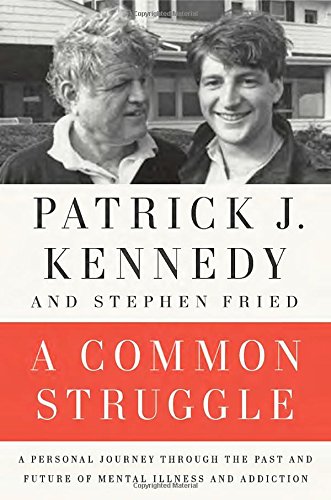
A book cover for A Common Struggle: A Personal Journey Through the Past and Future of Mental Illness and Addiction; Patrick J. Kennedy; Health, Fitness & Dieting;